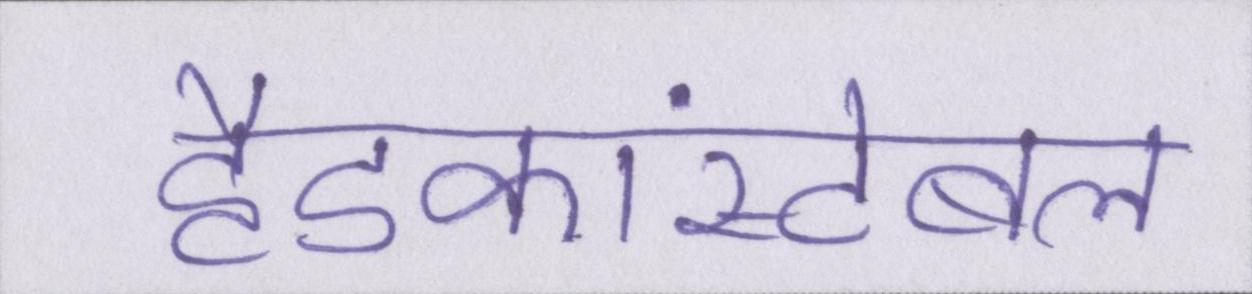
हैडकांस्टेबल